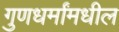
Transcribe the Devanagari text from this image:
गुणधर्मांमधील